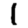
Digit: 1